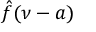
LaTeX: { \hat { f } } ( \nu - a )